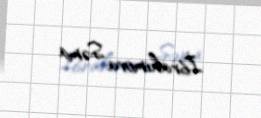
İbrahimova Səma